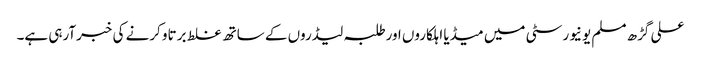
علی گڑھ مسلم یونیورسٹی میں میڈیا اہلکاروں اورطلبہ لیڈروں کے ساتھ غلط برتاو کرنے کی خبرآرہی ہے۔